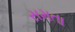
સમતા